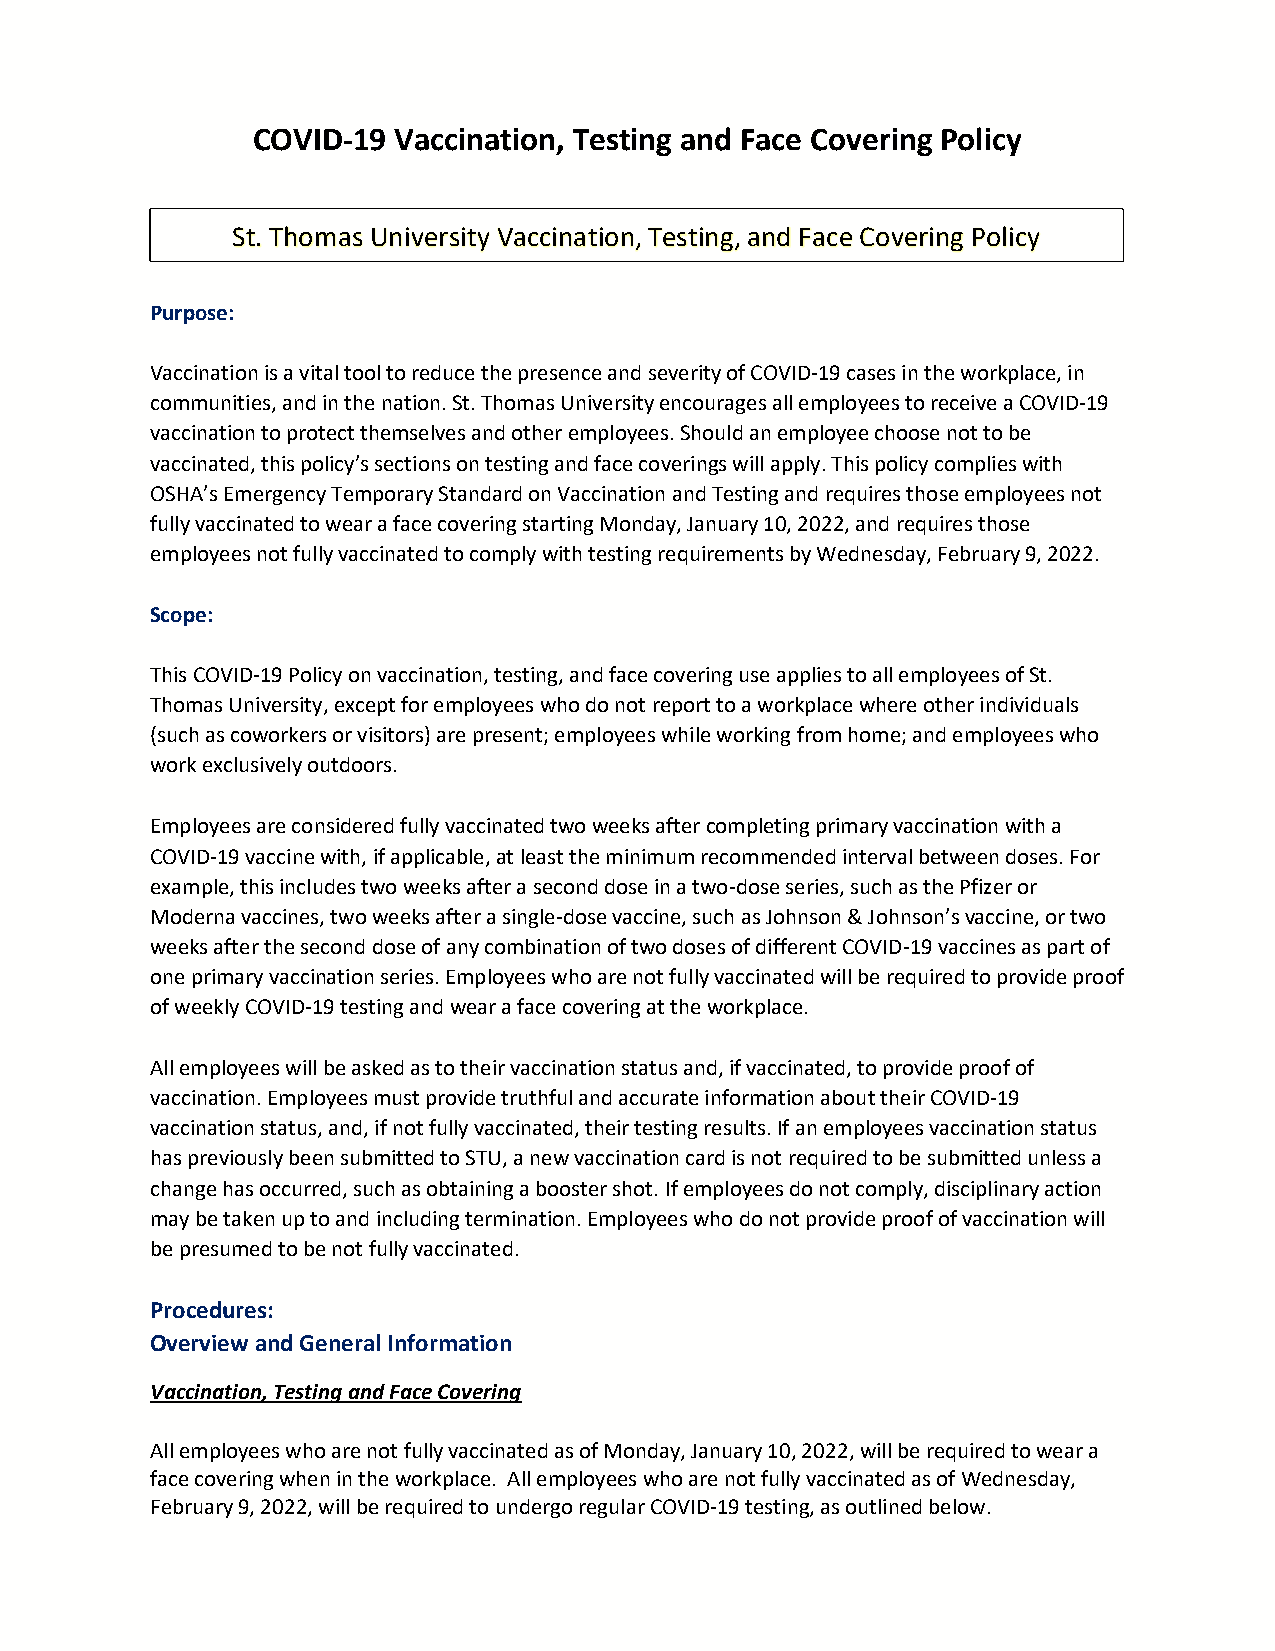
COVID-19 Vaccination, Testing and Face Covering Policy
 St. Thomas University Vaccination, Testing, and Face Covering Policy
 Purpose:
 Vaccination is a vital tool to reduce the presence and severity of COVID-19 cases in the workplace, in
 communities, and in the nation. St. Thomas University encourages all employees to receive a COVID-19
 vaccination to protect themselves and other employees. Should an employee choose not to be
 vaccinated, this policy’s sections on testing and face coverings will apply. This policy complies with
 OSHA’s Emergency Temporary Standard on Vaccination and Testing and requires those employees not
 fully vaccinated to wear a face covering starting Monday, January 10, 2022, and requires those
 employees not fully vaccinated to comply with testing requirements by Wednesday, February 9, 2022.
 Scope:
 This COVID-19 Policy on vaccination, testing, and face covering use applies to all employees of St.
 Thomas University, except for employees who do not report to a workplace where other individuals
 (such as coworkers or visitors) are present; employees while working from home; and employees who
 work exclusively outdoors.
 Employees are considered fully vaccinated two weeks after completing primary vaccination with a
 COVID-19 vaccine with, if applicable, at least the minimum recommended interval between doses. For
 example, this includes two weeks after a second dose in a two-dose series, such as the Pfizer or
 Moderna vaccines, two weeks after a single-dose vaccine, such as Johnson & Johnson’s vaccine, or two
 weeks after the second dose of any combination of two doses of different COVID-19 vaccines as part of
 one primary vaccination series. Employees who are not fully vaccinated will be required to provide proof
 of weekly COVID-19 testing and wear a face covering at the workplace.
 All employees will be asked as to their vaccination status and, if vaccinated, to provide proof of
 vaccination. Employees must provide truthful and accurate information about their COVID-19
 vaccination status, and, if not fully vaccinated, their testing results. If an employees vaccination status
 has previously been submitted to STU, a new vaccination card is not required to be submitted unless a
 change has occurred, such as obtaining a booster shot. If employees do not comply, disciplinary action
 may be taken up to and including termination. Employees who do not provide proof of vaccination will
 be presumed to be not fully vaccinated.
 Procedures:
 Overview and General Information
 Vaccination, Testing and Face Covering
 All employees who are not fully vaccinated as of Monday, January 10, 2022, will be required to wear a
 face covering when in the workplace. All employees who are not fully vaccinated as of Wednesday,
 February 9, 2022, will be required to undergo regular COVID-19 testing, as outlined below.